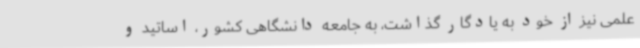
علمی نیز از خود به یادگار گذاشت، به جامعه دانشگاهی کشور، اساتید و